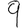
Digit: 9